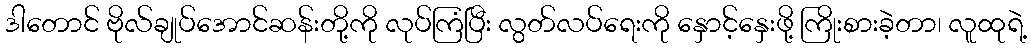
ဒါတောင် ဗိုလ်ချုပ်အောင်ဆန်းတို့ကို လုပ်ကြံပြီး လွတ်လပ်ရေးကို နှောင့်နှေးဖို့ ကြိုးစားခဲ့တာ၊ လူထုရဲ့